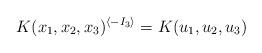
LaTeX: \begin{align*}K(x_1,x_2,x_3)^{\langle-I_3\rangle}=K(u_1,u_2,u_3)\end{align*}